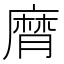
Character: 𢊶